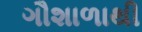
ગૌશાળાથી